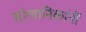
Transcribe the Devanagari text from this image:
संस्थानिकांनीं